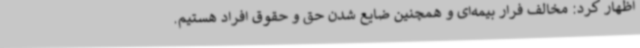
اظهار کرد: مخالف فرار بیمه‌ای و همچنین ضایع شدن حق و حقوق افراد هستیم.